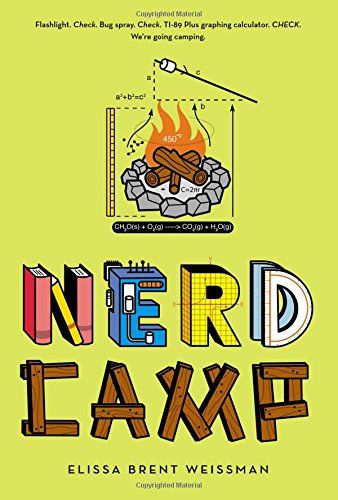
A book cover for Nerd Camp; Elissa Brent Weissman; Children's Books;